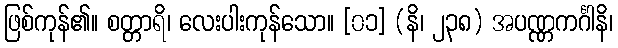
ဖြစ်ကုန်၏။ စတ္တာရိ၊ လေးပါးကုန်သော။ [၀၁] (နိ၊ ၂၃၈) အပဏ္ဏကင်္ဂါနိ၊